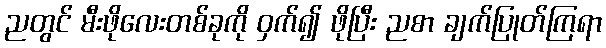
ညတွင် မီးဖိုလေးတစ်ခုကို ဝှက်၍ ဖိုပြီး ညစာ ချက်ပြုတ်ကြရာ